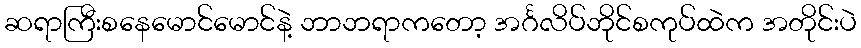
ဆရာကြီးစနေမောင်မောင်နဲ့ ဘာဘရာကတော့ အင်္ဂလိပ်ဘိုင်စကုပ်ထဲက အတိုင်းပဲ